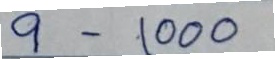
9 - 1000